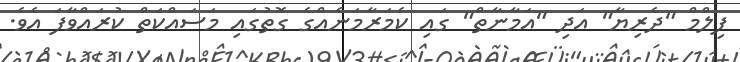
ފިލްމް "ދެރިޔާ" އަދި "އަމާނާތް" ގައި ކެމަރާމަނެއްގެ ގޮތުގައި މަސައްކަތް ކުރައްވާފަ އެވެ.